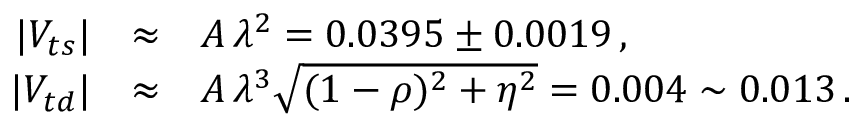
\begin{array} { r c l } { { | V _ { t s } | } } & { { \approx } } & { { A \, \lambda ^ { 2 } = 0 . 0 3 9 5 \pm 0 . 0 0 1 9 \, , } } \\ { { | V _ { t d } | } } & { { \approx } } & { { A \, \lambda ^ { 3 } \sqrt { ( 1 - \rho ) ^ { 2 } + \eta ^ { 2 } } = 0 . 0 0 4 \sim 0 . 0 1 3 \, . } } \end{array}